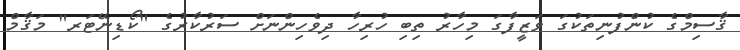
ޤާސިމްގެ ކުންފުނިތަކުގަ ވަޒީފާގަ މިހާރު ތިބި ހުރިހާ ދިވެހިންނަށް ސަރުކާރުގެ "ކޯޑިނޭޓަރ" މަޤާމް